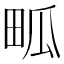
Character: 畖